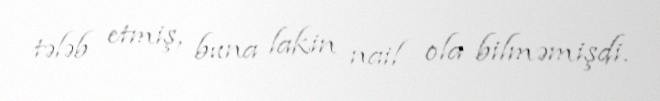
tələb etmiş, buna lakin nail ola bilməmişdi.